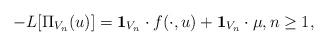
LaTeX: \begin{align*}-L[\Pi_{V_n}(u)]=\mathbf1_{V_n}\cdot f(\cdot,u)+\mathbf1_{V_n}\cdot\mu,n\ge1,\end{align*}